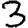
Digit: 3